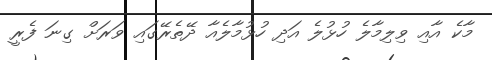
މާކެ އާއި ވިލިމާލެ ހުޅުލެ އަދި ހުޅުމާލެއާ ދޭތެރޭގައި ވަރަށް ގިނަ ފެރީ